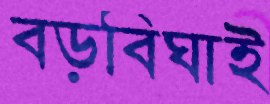
বড়বিঘাই